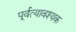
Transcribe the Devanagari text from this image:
पूर्वत्यावश्यक